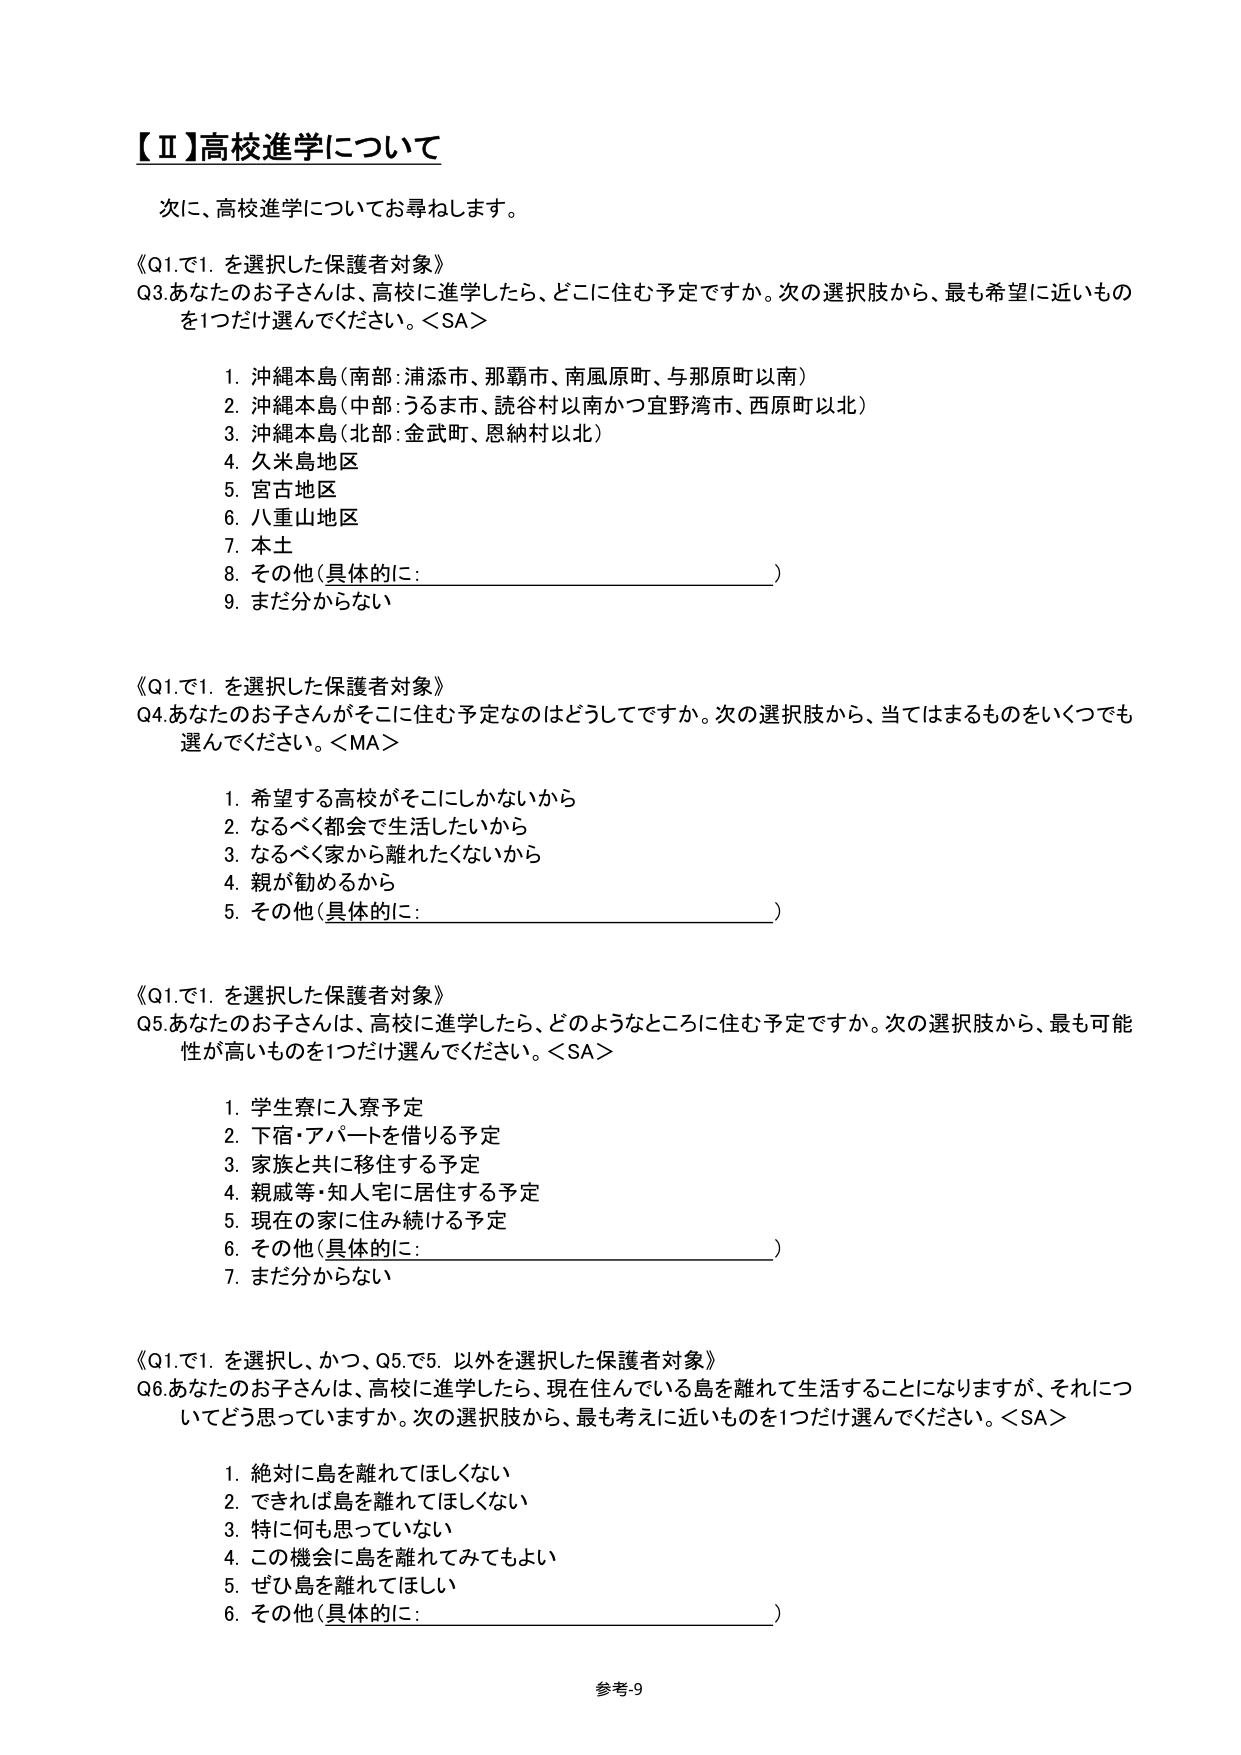
【Ⅱ】高校進学について

次に、高校進学についてお尋ねします。

《Q1.で1. を選択した保護者対象》
Q3. あなたのお子さんは、高校に進学したら、どこに住む予定ですか。次の選択肢から、最も希望に近いものを1つだけ選んでください。＜SA＞

1. 沖縄本島（南部：浦添市、那覇市、南風原町、与那原町以南）
2. 沖縄本島（中部：うるま市、読谷村以南かつ宜野湾市、西原町以北）
3. 沖縄本島（北部：金武町、恩納村以北）
4. 久米島地区
5. 宮古地区
6. 八重山地区
7. 本土
8. その他（具体的に：________________________）
9. まだ分からない

《Q1.で1. を選択した保護者対象》
Q4. あなたのお子さんがそこに住む予定なのはどうしてですか。次の選択肢から、当てはまるものをいくつでも選んでください。＜MA＞

1. 希望する高校がそこにしかないから
2. なるべく都会で生活したいから
3. なるべく家から離れたくないから
4. 親が勧めるから
5. その他（具体的に：________________________）

《Q1.で1. を選択した保護者対象》
Q5. あなたのお子さんは、高校に進学したら、どのようなところに住む予定ですか。次の選択肢から、最も可能性が高いものを1つだけ選んでください。＜SA＞

1. 学生寮に入寮予定
2. 下宿・アパートを借りる予定
3. 家族と共に移住する予定
4. 親戚等・知人宅に居住する予定
5. 現在の家に住み続ける予定
6. その他（具体的に：________________________）
7. まだ分からない

《Q1.で1. を選択し、かつ、Q5.で5. 以外を選択した保護者対象》
Q6. あなたのお子さんは、高校に進学したら、現在住んでいる島を離れて生活することになりますが、それについてどう思っていますか。次の選択肢から、最も考えに近いものを1つだけ選んでください。＜SA＞

1. 絶対に島を離れてほしくない
2. できれば島を離れてほしくない
3. 特に何も思っていない
4. この機会に島を離れてみてもよい
5. ぜひ島を離れてほしい
6. その他（具体的に：________________________）

参考9